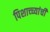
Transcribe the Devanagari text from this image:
पिशाच्च्यांची